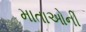
માતાઓની